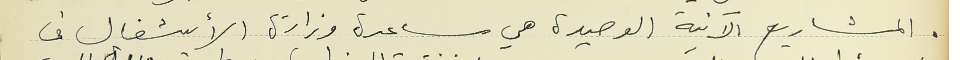
المشاريع الآنية الوحيدة هي مساعدة وزارة الأشغال في